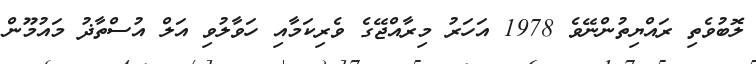
ލޮބުވެތި ރައްޔިތުންނޭވެ 1978 އަހަރު މިރާއްޖޭގެ ވެރިކަމާއި ހަވާލުވި އަލް އުސްތާޛު މައުމޫން